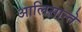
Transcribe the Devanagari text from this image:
आलिसान्ते